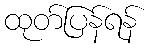
ထုတ်ပြန်ရန်